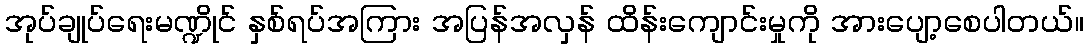
အုပ်ချုပ်ရေးမဏ္ဍိုင် နှစ်ရပ်အကြား အပြန်အလှန် ထိန်းကျောင်းမှုကို အားပျော့စေပါတယ်။